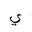
Letter: _ya